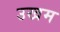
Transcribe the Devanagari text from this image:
उखम